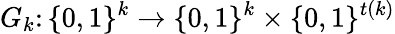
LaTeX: G_{k}\colon\{ 0,1\} ^{k}\to\{ 0,1\} ^{k}\times\{ 0,1\} ^{t(k)}